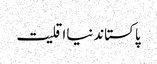
پاکستاندنیااقلیت